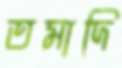
তমাদি